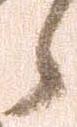
候